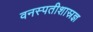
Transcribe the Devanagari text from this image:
वनस्पतीशास्रज्ञ